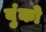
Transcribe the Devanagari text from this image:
बुंको